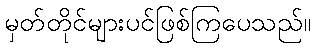
မှတ်တိုင်များပင်ဖြစ်ကြပေသည်။